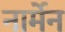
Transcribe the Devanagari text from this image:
नार्मेन